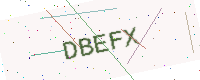
Text: DBEFX